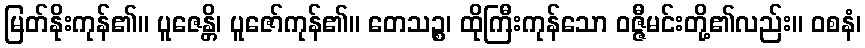
မြတ်နိုးကုန်၏။ ပူဇေန္တိ၊ ပူဇော်ကုန်၏။ တေသဉ္စ၊ ထိုကြီးကုန်သော ဝဇ္ဇီမင်းတို့၏လည်း။ ဝစနံ၊